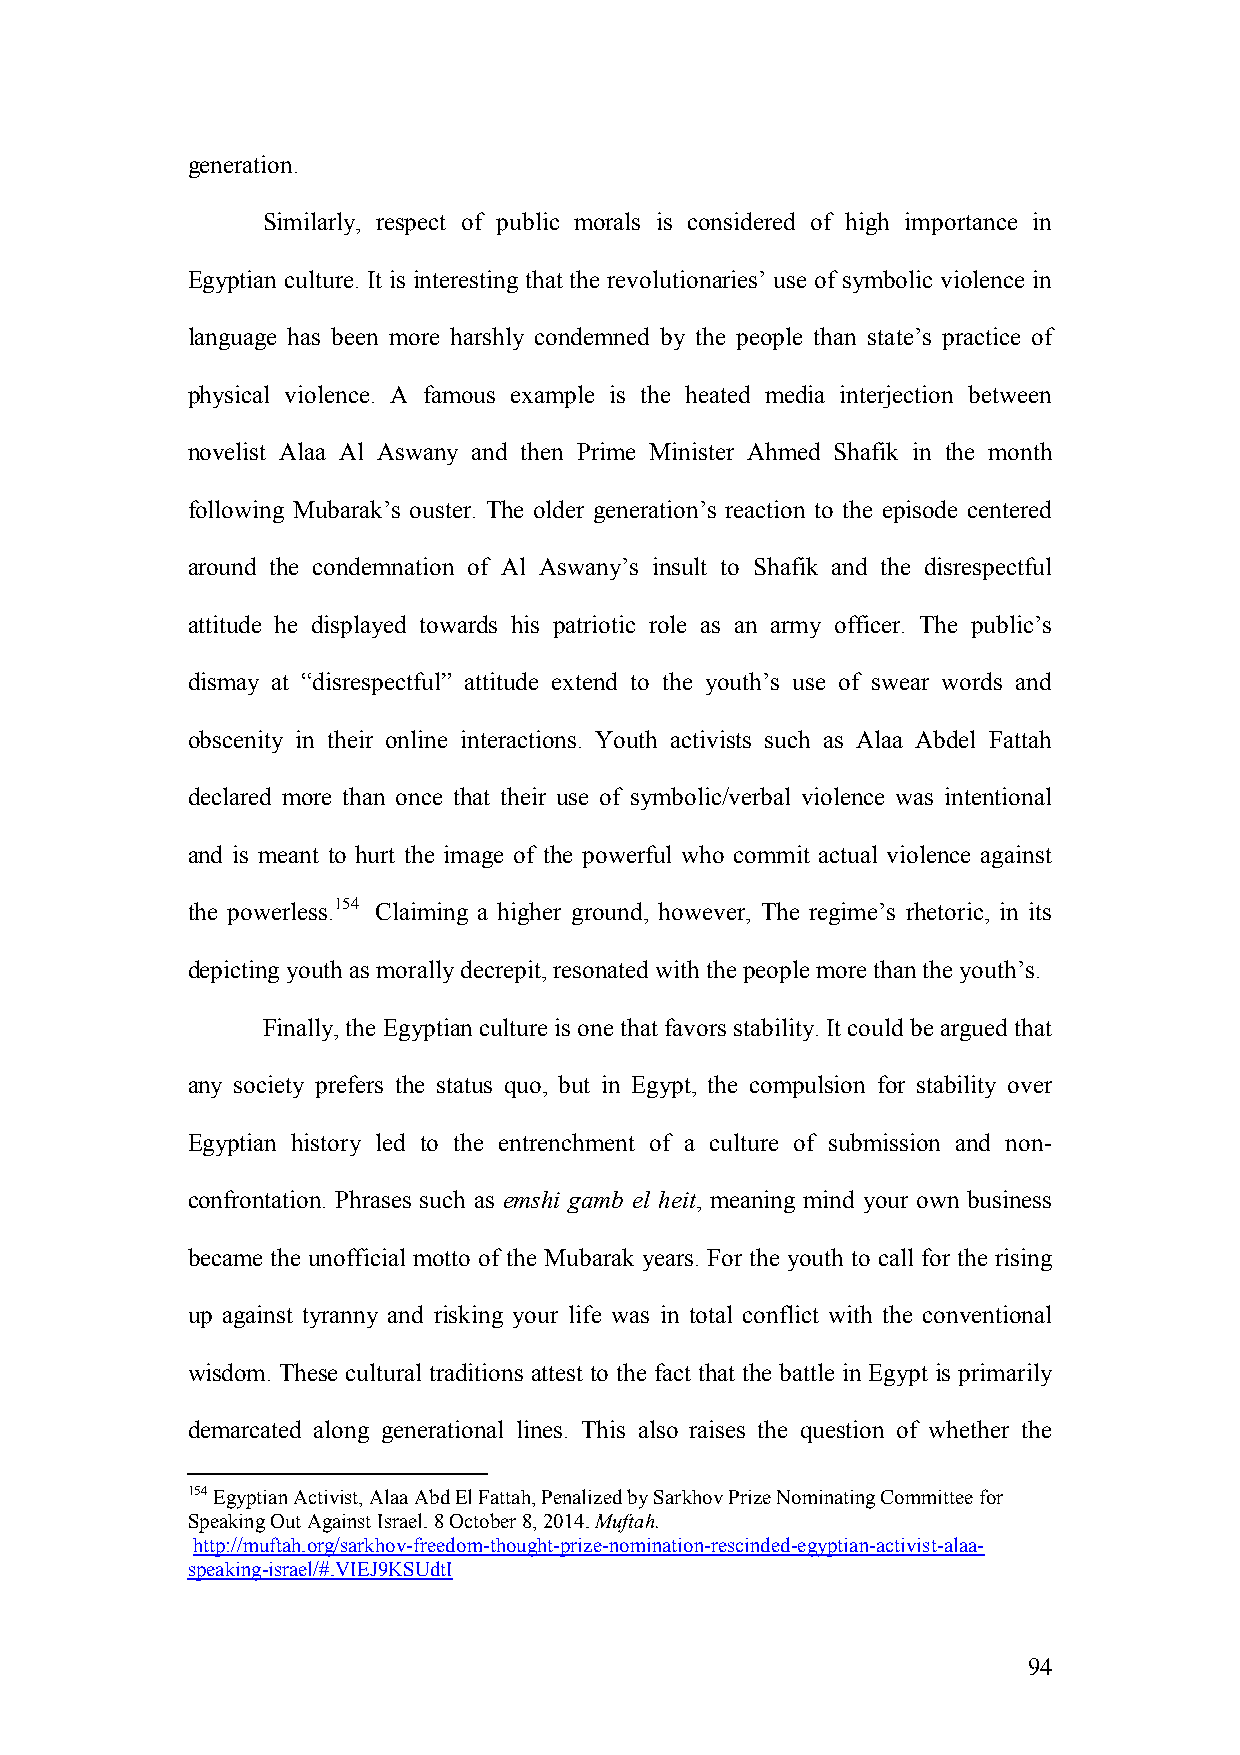
generation.
 Similarly, respect of public morals is considered of high importance in
 Egyptian culture. It is interesting that the revolutionaries’ use of symbolic violence in
 language has been more harshly condemned by the people than state’s practice of
 physical violence. A famous example is the heated media interjection between
 novelist Alaa Al Aswany and then Prime Minister Ahmed Shafik in the month
 following Mubarak’s ouster. The older generation’s reaction to the episode centered
 around the condemnation of Al Aswany’s insult to Shafik and the disrespectful
 attitude he displayed towards his patriotic role as an army officer. The public’s
 dismay at “disrespectful” attitude extend to the youth’s use of swear words and
 obscenity in their online interactions. Youth activists such as Alaa Abdel Fattah
 declared more than once that their use of symbolic/verbal violence was intentional
 and is meant to hurt the image of the powerful who commit actual violence against
 the powerless.154 Claiming a higher ground, however, The regime’s rhetoric, in its
 depicting youth as morally decrepit, resonated with the people more than the youth’s.
 Finally, the Egyptian culture is one that favors stability. It could be argued that
 any society prefers the status quo, but in Egypt, the compulsion for stability over
 Egyptian history led to the entrenchment of a culture of submission and non-
 confrontation. Phrases such as emshi gamb el heit, meaning mind your own business
 became the unofficial motto of the Mubarak years. For the youth to call for the rising
 up against tyranny and risking your life was in total conflict with the conventional
 wisdom. These cultural traditions attest to the fact that the battle in Egypt is primarily
 demarcated along generational lines. This also raises the question of whether the
 154 Egyptian Activist, Alaa Abd El Fattah, Penalized by Sarkhov Prize Nominating Committee for
 Speaking Out Against Israel. 8 October 8, 2014. Muftah.
 http://muftah.org/sarkhov-freedom-thought-prize-nomination-rescinded-egyptian-activist-alaa-
 speaking-israel/#.VIEJ9KSUdtI
 94